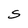
Character: S